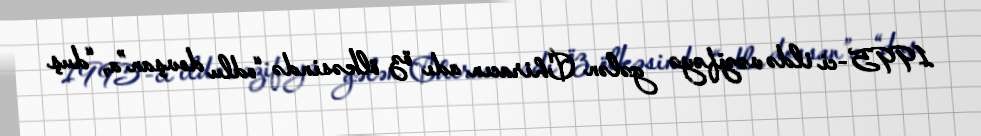
1995-ci ildə vəzifəyə gələn Chiracın adı öz ölkəsində “odlu dovşan”a, “duş